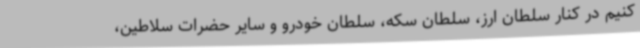
کنیم در کنار سلطان ارز، سلطان سکه، سلطان خودرو و سایر حضرات سلاطین،